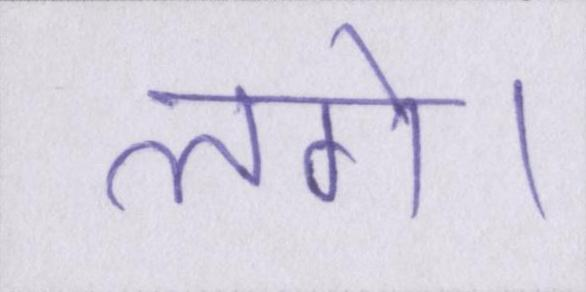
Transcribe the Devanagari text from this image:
लगे।